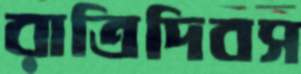
রাত্রিদিবস